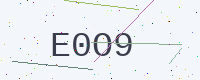
Text: E0O9